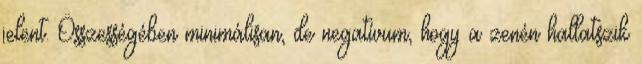
jelent. Összességében minimálisan, de negatívum, hogy a zenén hallatszik